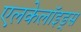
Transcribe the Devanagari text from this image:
एलकेलॉइड्स